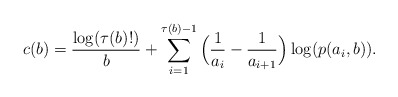
\begin{align*}c(b)=\frac{\log(\tau(b)!)}{b}+\sum_{i=1}^{\tau(b)-1}\Big(\frac1{a_{i}}-\frac1{a_{i+1}}\Big)\log(p(a_{i},b)).\end{align*}